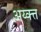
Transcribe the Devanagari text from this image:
अय्क्त्त